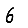
Digit: 6